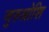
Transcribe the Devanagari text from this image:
जुरुश्रोशि